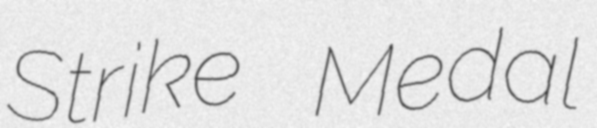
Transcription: Strike Medal